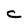
Character: c